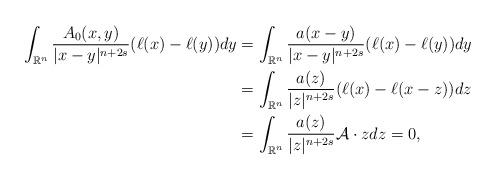
LaTeX: \begin{align*}\int_{\mathbb{R}^n} \frac{A_0(x,y)}{|x-y|^{n+2s}} (\ell(x)-\ell(y)) dy& = \int_{\mathbb{R}^n} \frac{a(x-y)}{|x-y|^{n+2s}} (\ell(x)-\ell(y)) dy \\& = \int_{\mathbb{R}^n} \frac{a(z)}{|z|^{n+2s}} (\ell(x)-\ell(x-z)) dz \\& = \int_{\mathbb{R}^n} \frac{a(z)}{|z|^{n+2s}} \mathcal{A} \cdot z dz =0,\end{align*}